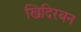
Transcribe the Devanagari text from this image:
खिदिरबन